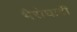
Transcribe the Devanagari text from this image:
भैरोघाटी